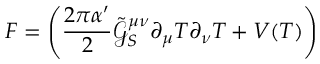
F = \left( \frac { 2 \pi \alpha ^ { \prime } } { 2 } \tilde { \mathcal { G } } _ { S } ^ { \mu \nu } \partial _ { \mu } T \partial _ { \nu } T + V ( T ) \right)